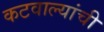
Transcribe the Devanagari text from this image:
कटवाल्यांची